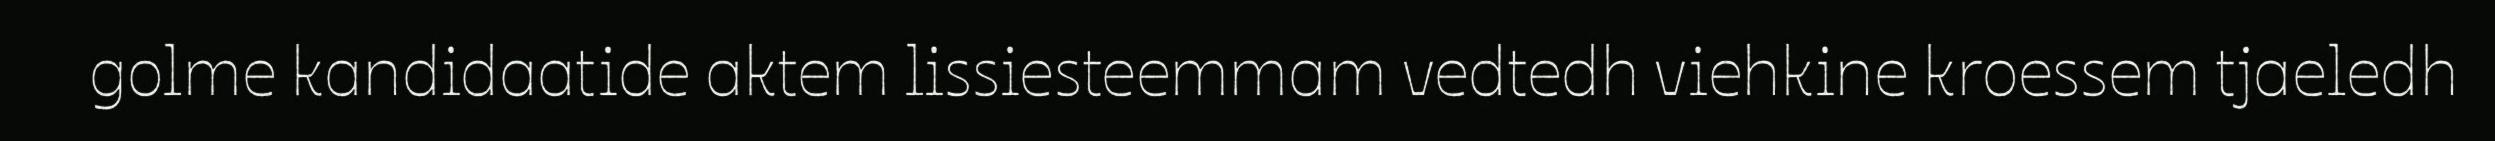
golme kandidaatide aktem lissiesteemmam vedtedh viehkine kroessem tjaeledh